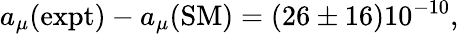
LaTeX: a_{\mu}(\mathrm{expt})-a_{\mu}(\mathrm{SM})=(26\pm 16)10^{-10},